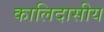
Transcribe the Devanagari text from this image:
कालिदासीय